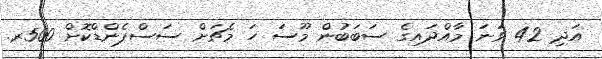
އަދި 42 ވަނަ މާއްދައިގެ ސަބަބުން މޫސަ ހަ މެޗަށް ސަސްޕެންޑްކޮށް 500ރ.